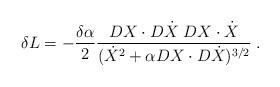
LaTeX: \begin{align*} \delta L = -{\delta \alpha \over 2} {DX\cdot D\dot X\; DX\cdot \dot X \over (\dot X^2 +\alpha DX\cdot D\dot X)^{3/2}}\;.\end{align*}